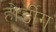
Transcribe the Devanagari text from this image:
होर्डींग